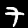
Label: 7